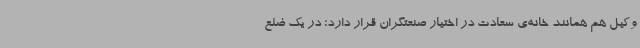
وکیل هم همانند خانه‌ی سعادت در اختیار صنعتگران قرار دارد؛ در یک ضلع